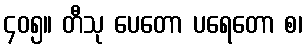
၄၀၅။ တီသု ပေတော ပရေတော စ၊